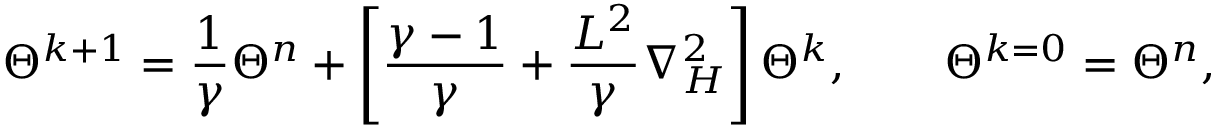
\Theta ^ { k + 1 } = \frac { 1 } { \gamma } \Theta ^ { n } + \left[ \frac { \gamma - 1 } { \gamma } + \frac { L ^ { 2 } } { \gamma } \nabla _ { H } ^ { 2 } \right] \Theta ^ { k } , \qquad \Theta ^ { k = 0 } = \Theta ^ { n } ,